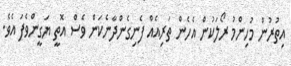
އިތުރުން މުހިންމު ރޯލަކުން އެހެން ތަރިއެއް ފެނިގެންދާނެކަން ވެސް އޮތީ ޔަގީންވެފަ އެވެ.